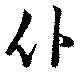
仆